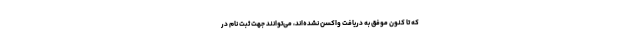
که تا کنون موفق به دریافت واکسن نشده‌اند، می‌توانند جهت ثبت نام در